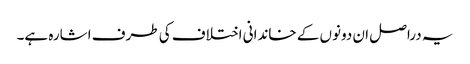
یہ دراصل ان دونوں کے خاندانی اختلاف کی طرف اشارہ ہے۔